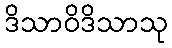
ဒိသာဝိဒိသာသု